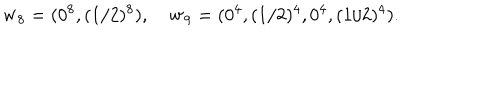
LaTeX: { \bf w } _ { 8 } = ( 0 ^ { 8 } , ( 1 / 2 ) ^ { 8 } ) , \quad { \bf w } _ { 9 } = ( 0 ^ { 4 } , ( 1 / 2 ) ^ { 4 } , 0 ^ { 4 } , ( 1 / 2 ) ^ { 4 } ) .